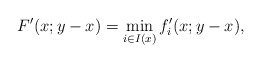
\begin{align*}F'(x;y-x)=\min_{i\in I(x)}f_i'(x;y-x),\end{align*}